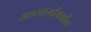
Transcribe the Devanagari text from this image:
अन्नमार्गामधील